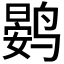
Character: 𮭨